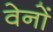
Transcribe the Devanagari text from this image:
वेनों